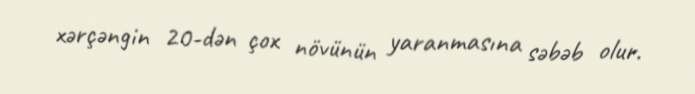
xərçəngin 20-dən çox növünün yaranmasına səbəb olur.